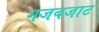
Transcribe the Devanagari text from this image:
गजबजाट